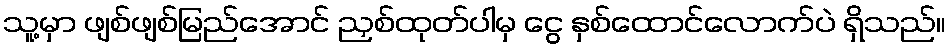
သူ့မှာ ဖျစ်ဖျစ်မြည်အောင် ညှစ်ထုတ်ပါမှ ငွေ နှစ်ထောင်လောက်ပဲ ရှိသည်။